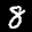
Label: 8